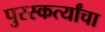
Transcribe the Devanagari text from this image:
पुरस्कर्त्यांचा